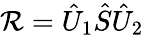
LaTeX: \mathcal{R}=\hat{{U}}_{1}\hat{{S}}\hat{{U}}_{2}